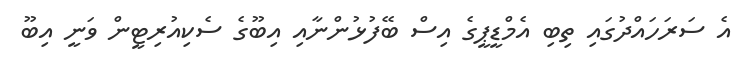
އެ ސަރަހައްދުގައި ތިބި އެމްޑީޕީގެ އިސް ބޭފުޅުންނާއި އިބޫގެ ސެކިއުރިޓީން ވަނީ އިބޫ